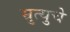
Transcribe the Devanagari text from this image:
म्रुत्युचे